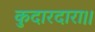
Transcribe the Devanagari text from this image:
कुदारदारा।।